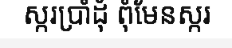
ស្ករប្រាំដុំ ពុំមែនស្ករ